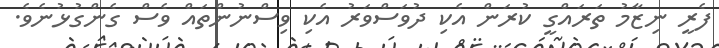
ފެރީ ނިޒާމު ތަރައްގީ ކުރަން އެކި ދުވަސްވަރު އެކި ވިސްނުންތައް ވެސް ގެންގުޅުނެވެ.